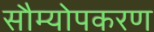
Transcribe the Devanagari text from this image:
सौम्योपकरण